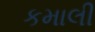
કમાલી